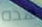
هذه